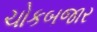
ચોકબજાર